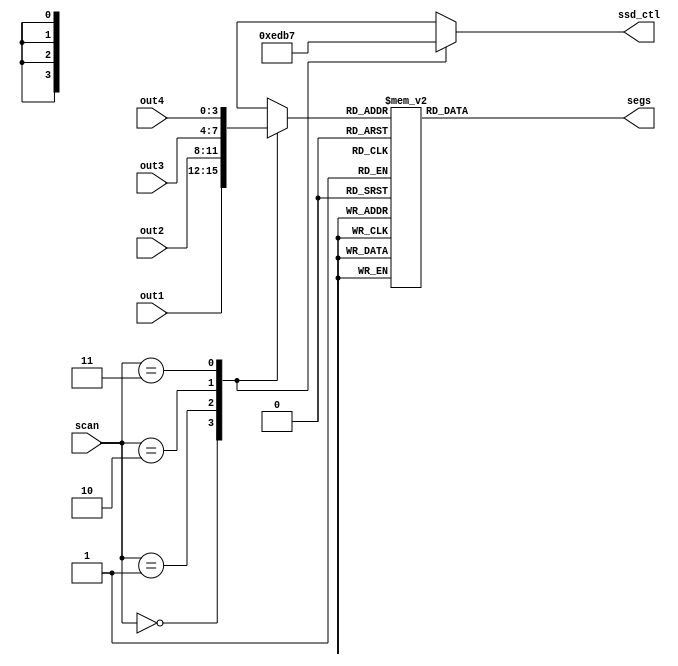
`timescale 1ns / 1ps
`define SS_0 8'b00000011
`define SS_1 8'b10011111 
`define SS_2 8'b00100101 
`define SS_3 8'b00001101 
`define SS_4 8'b10011001 
`define SS_5 8'b01001001 
`define SS_6 8'b01000001 
`define SS_7 8'b00011111 
`define SS_8 8'b00000001 
`define SS_9 8'b00001001
module SSDdisplay(out1, out2, out3, out4, segs, ssd_ctl, scan);
input [3:0] out1;
input [3:0] out2;
input [3:0] out3;
input [3:0] out4;
input [1:0] scan;
reg [3:0] out;
output reg [7:0] segs;
output reg [3:0] ssd_ctl;

always@*
begin
    case (scan)
    2'b00 : 
    begin
        out = out1;
        ssd_ctl = 4'b1110;
    end
    2'b01 : 
    begin
        out = out2;
        ssd_ctl = 4'b1101;
    end
    2'b10 : 
    begin
        out = out3;
        ssd_ctl = 4'b1011;
    end
    2'b11 : 
    begin
        out = out4;
        ssd_ctl = 4'b0111;
    end
    default : 
    begin
        out = 4'b0;
        ssd_ctl = 4'b1111;
    end
    endcase
end

//display ssd
always @*  case (out)    
  4'd0: segs = `SS_0;    
  4'd1: segs = `SS_1;    
  4'd2: segs = `SS_2;    
  4'd3: segs = `SS_3;    
  4'd4: segs = `SS_4;    
  4'd5: segs = `SS_5;    
  4'd6: segs = `SS_6;    
  4'd7: segs = `SS_7;    
  4'd8: segs = `SS_8;    
  4'd9: segs = `SS_9;
  4'd10 : segs = 8'b11111101;  
default: segs = 8'b00000011;  
endcase

endmodule